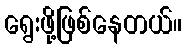
ရွေးဖို့ဖြစ်နေတယ်။